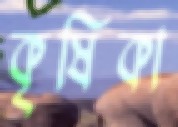
কৃষিকা